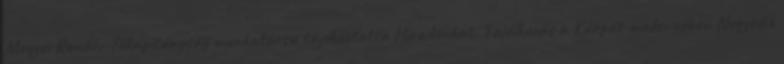
Megyei Rendőr-főkapitányság munkatársa tájékoztatta Híradónkat. Találkozás a Kárpát-medencében Negyedik